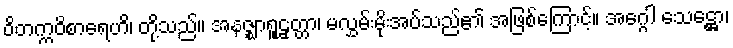
ဝိတက္ကဝိစာရေဟိ၊ တို့သည်။ အနဇ္ဈာရူဠှတ္တာ၊ မလွှမ်းမိုးအပ်သည်၏ အဖြစ်ကြောင့်။ အဂ္ဂေါ သေဋ္ဌော၊